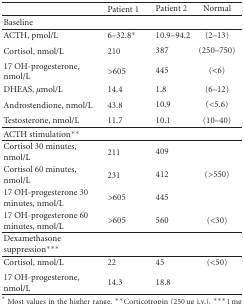
|  | Patient 1 | Patient 2 | Normal |
 | --- | --- | --- | --- |
 | Baseline |  |  |  |
 | ACTH, pmol/L | 6–32.8* | 10.9–94.2 | (2–13) |
 | Cortisol, nmol/L | 210 | 387 | (250–750) |
 | 17 OH-progesterone, nmol/L | >605 | 445 | (<6) |
 | DHEAS, μmol/L | 14.4 | 1.8 | (6–12) |
 | Androstendione, nmol/L | 43.8 | 10.9 | (<5.6) |
 | Testosterone, nmol/L | 11.7 | 10.1 | (10–40) |
 | ACTH stimulation** |  |  |  |
 | Cortisol 30 minutes, nmol/L | 211 | 409 |  |
 | Cortisol 60 minutes, nmol/L | 231 | 412 | (>550) |
 | 17 OH-progesterone 30 minutes, nmol/L | >605 | 445 |  |
 | 17 OH-progesterone 60 minutes, nmol/L | >605 | 560 | (<30) |
 | Dexamethasone suppression*** |  |  |  |
 | Cortisol, nmol/L | 22 | 45 | (<50) |
 | 17 OH-progesterone, nmol/L | 14.3 | 18.8 |  |